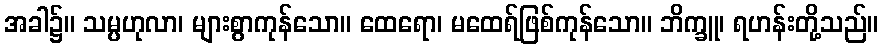
အခါ၌။ သမ္ပဟုလာ၊ များစွာကုန်သော။ ထေရော၊ မထေရ်ဖြစ်ကုန်သော။ ဘိက္ခူ၊ ရဟန်းတို့သည်။